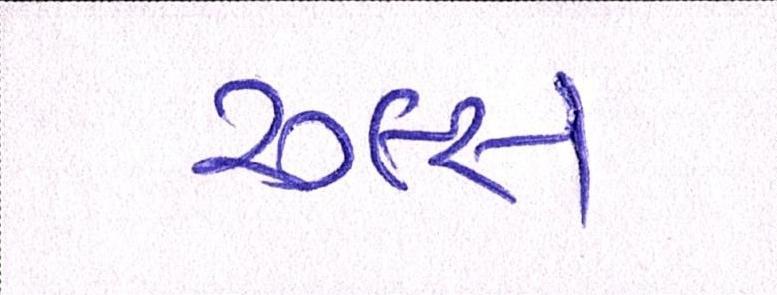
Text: રૂલ્સ